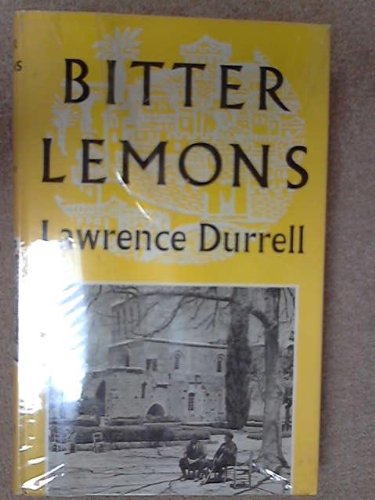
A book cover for Bitter Lemons; Lawrence Durrell; Travel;